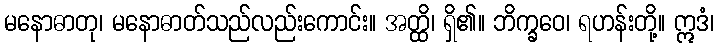
မနောဓာတု၊ မနောဓာတ်သည်လည်းကောင်း။ အတ္ထိ၊ ရှိ၏။ ဘိက္ခဝေ၊ ရဟန်းတို့။ ဣဒံ၊